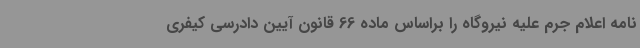
نامه اعلام جرم علیه نیروگاه را براساس ماده 66 قانون آیین دادرسی کیفری